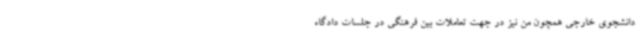
دانشجوی خارجی همچون من نیز در جهت تعاملات بین فرهنگی در جلسات دادگاه